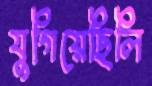
যুগিয়েছিলি